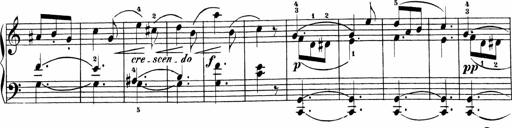
Title: Sonatinen Op.47, 98 und 136, nebst 6 Liedersonatinen
Composer: Carl Reinecke